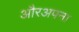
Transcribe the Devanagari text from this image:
औरअपना